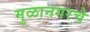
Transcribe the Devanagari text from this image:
मुळानगरचे